Kiideva_(Sinalepa)_vallavalitsus, lk 5
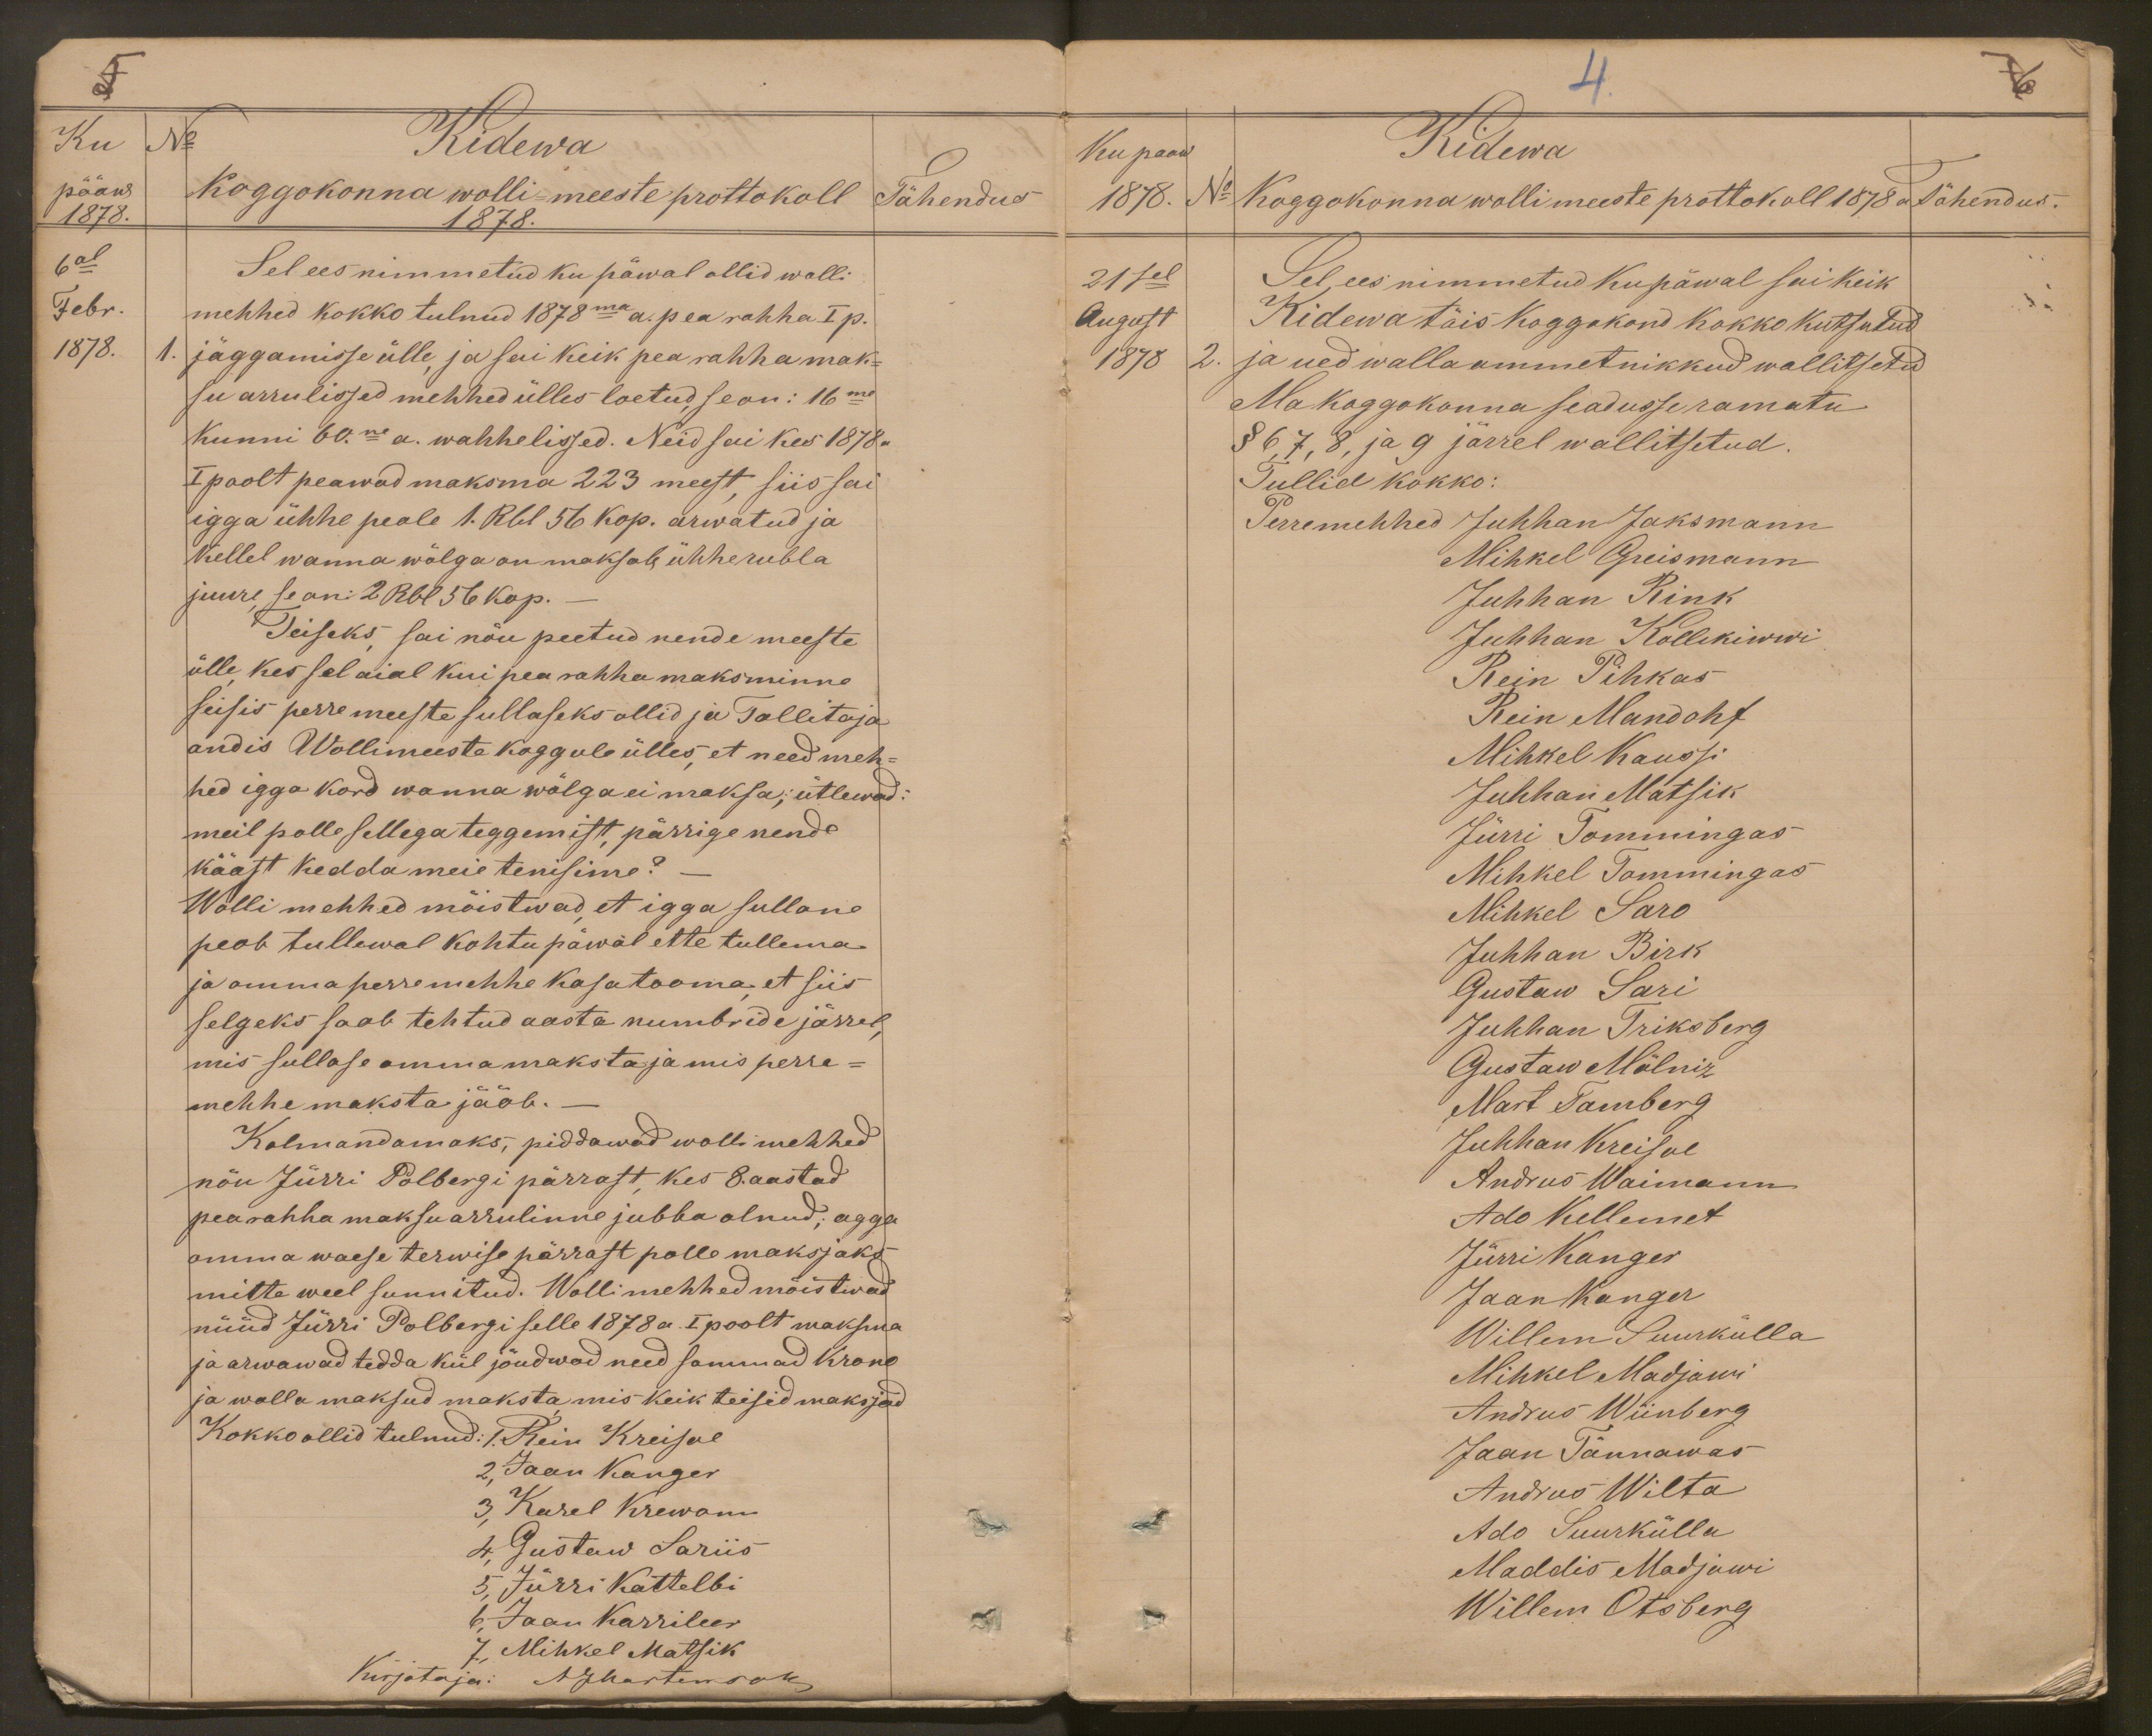
5
Ku
No
Kidewa
pääw
Koggokonna wolli-meeste prottokoll
Tähendus
1878.
1878.
6al
Sel ees nimmetud ku päwal ollid wolli
Febr
mehhed kokko tulnud 1878ma a. pea rahha I p.
1878.
1. jäggamisse ülle, ja sai keik pea rahha mak-
su arrulissed mehhed ülles loetud, se on: 16me
Kunni 60ne a. wahhelissed. Neid sai kes 1878.
I poolt peawad maksma 223 meest, siis sai
igga ühhe peale 1. Rbl 56 kop. arwatud ja
kellel wanna wõlga on maksab ühhe rubla
juure se on: 2 Rbl 56 kop.
Teiseks sai nõu peetud nende meeste
ülle kes sel aial kui pea rahha maksminne
seisis perremeeste sullaseks ollid ja Tallitaja
andis Wollimeeste koggule ülles, et need meh-
hed igga kord wanna wõlga ei maksa; ütlewad:
meil polle sellega teggemist, pärrige nende
kääst kedda meie tenisime?
Wolli mehhed mõistwad et igga sullane
peab tullewal kohtupäwal ette tullema
ja omma perremehhe kasa tooma, et siis
selgeks saab tehtud aasta numbride järrel,
mis sullase omma maksta ja mis perre-
mehhe maksta jääb.-
Kolmandamaks, piddawad wollimehhed
nõu Jürri Polbergi pärrast, kes 8. aastad
pearahha maksu arrulinne jubba olnud, agga
omma waese terwise pärrast polle maksjaks
mitte weel sunnitud. Wollimehhed mõistwad
nüüd Jürri Polbergi selle 1878 a. I poolt maksma
ja arwawad tedda kül jõudwad need sammad krono
ja walla maksud maksta mis keik teisid maksjad
Kokko ollid tulnud: 1. Rein Kreisal
2, Jaan Kanger
3, Karel Krewan
4, Gustaw Sariis
5, Jürri Kattelbi
6, Jaan Karrileer
7, Mihkel Matsik
Kirjotaja: AJMartenson

4.
6
Ku paaw
Kidewa
1878.
No
Koggokonna wolli meeste prottokoll 1878
Tähendus
21sel
Sel, ees nimmetud kupäwal sai keik
August
Kidewa täis koggokond kokko kutsutud
1878
2. ja ued walla ammetnikkud wallitsetud
Ma koggokonna seadusse ramatu
§ 6, 7, 8, ja 9 järrel wallitsetud.
Tullid kokko:
Perremehhed Juhhan Jaksmann
Mihkel Greismann
Juhhan Rink
Juhhan Kollikiwwi
Rein Pihkas
Rein Mandohf
Mihkel Kaussi
Juhhan Matsik
Jürri Tommingas
Mihkel Tommingas
Mihkel Saro
Juhhan Birk
Gustaw Sari
Juhhan Triksberg
Gustaw Mölniz
Mart Tamberg
Juhhan Kreisol
Andrus Waimann
Ado Kellemet
Jürri Kanger
Jaan Kanger
Willem Suurkülla
Mihkel Madjowi
Andrus Wiinberg
Jaan Tännawas
Andres Wilta
Ado Suurkülla
Maddis Madjowi
Willem Otsberg